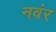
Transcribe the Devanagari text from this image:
नवंर